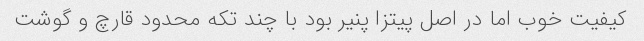
کیفیت خوب اما در اصل پیتزا پنیر بود با چند تکه محدود قارچ و گوشت